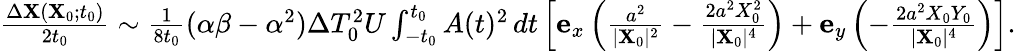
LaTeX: \begin{array}{r}{\frac{\Delta\mathbf{X}(\mathbf{X}_{0};t_{0})}{2t_{0}}\sim\frac{1}{8t_{0}}(\alpha\beta-\alpha^{2})\Delta T_{0}^{2}U\int_{-t_{0}}^{t_{0}}A(t)^{2}\, dt\left[\mathbf{e}_{x}\left(\frac{a^{2}}{\vert\mathbf{X}_{0}\vert^{2}}-\frac{2a^{2}X_{0}^{2}}{\vert\mathbf{X}_{0}\vert^{4}}\right)+\mathbf{e}_{y}\left(-\frac{2a^{2}X_{0}Y_{0}}{\vert\mathbf{X}_{0}\vert^{4}}\right)\right].}\end{array}